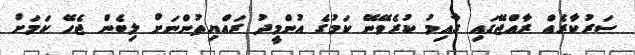
ސަރުކާރެއް ރާއްޖޭގައި ގާއިމު ކުރެވޭނޭ ކަމުގެ އުންމީދު ރައްޔިތުންނަށް ލިބެން ޖެހޭ ކަމަށް